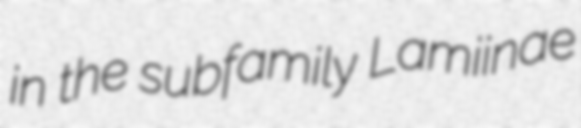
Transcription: in the subfamily Lamiinae